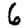
Digit: 6